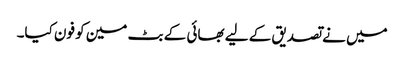
میں نے تصدیق کے لیے بھائی کے بٹ مین کو فون کیا۔